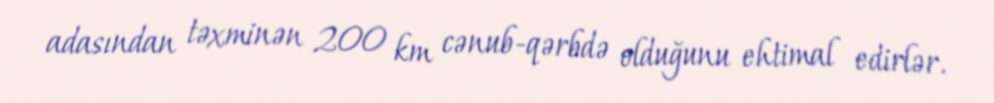
adasından təxminən 200 km cənub-qərbdə olduğunu ehtimal edirlər.